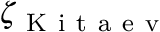
\zeta _ { \mathrm { ~ K ~ i ~ t ~ a ~ e ~ v ~ } }